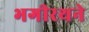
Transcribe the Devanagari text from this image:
भगीरथने